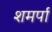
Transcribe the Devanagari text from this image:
शमर्पा